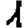
Digit: 1